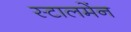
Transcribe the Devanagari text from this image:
स्टालमेंन